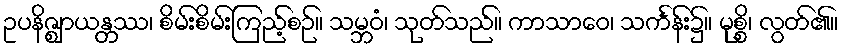
ဥပနိဇ္ဈာယန္တဿ၊ စိမ်းစိမ်းကြည့်စဉ်။ သမ္ဘဝံ၊ သုတ်သည်။ ကာသာဝေ၊ သင်္ကန်း၌။ မုစ္စိ၊ လွတ်၏။